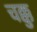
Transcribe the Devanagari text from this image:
चक्कु